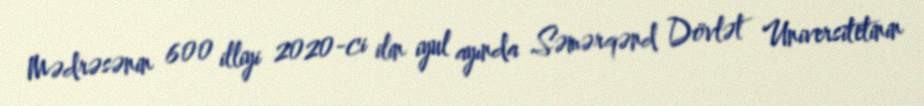
Mədrəsənin 600 illiyi 2020-ci ilin iyul ayında Səmərqənd Dövlət Universitetinin